Plague in India, 1896, 1897 - Volume 2
Year: 1896
Disease focus: Plague
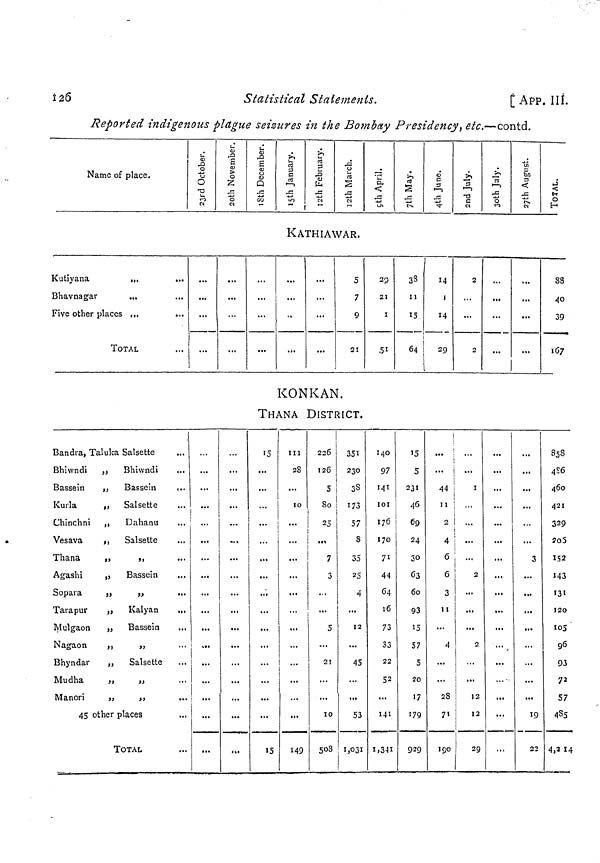
Î26
Statistical Statements.
[App. IIÎ.
Reported indigenous plague seizures in the Bombay Presidency, etc.—contd.
Name of place.
KATHIAWAR.
Kutiyana
.„
...
Bhavnagar
...
Five other places ...
TOTAL
,
5
7
9
21
29
ZI
I
.51
38
11
15
64
l
14
î
14
29
2
2
...
1
...
...
88
40
39
107
KONKAN.
THANA DISTRICT.
Bandra, Taluka Salsette
Bhiwndi
,j
Bhiwndi
...
Bassein
„
Bassein
(..
Kurla
„ Salsette
Chinchni ,,
Dahanu
Vesava
,,
Salsette
Thana
„
,,
Agashi
,j
Bassein
Sopara
jj
»
...
Tarapur
„
Kalyan
...
Mulgaon
, } Bassein
Nagaon
,,
„
Bhyndar
,,
Salsette
Mudha
„
„
Manor!
>,
„
...
45 other places
TOTAL
...
...
15
15
III
28
IO
149
226
126
5
So
25
7
3
5
21
10
503
351
230
3S
173
57
S
35
25
4
12
45
53
1,031
140
97
141
101
176
170
7 1
44
04
16
73
33
22
52
141
1,3-11
'5
5
231
4ö
69
24
30
63
60
93
15
57
5
20
i?
179
929
|
44
il
4
6
6
3
1 1
4
28
7'
190
I
2
1
2
12
12
29
...
i *.
...
...
3
19
22
858
4S6
460
421
329
so5
152
143
131
120
105
96
93
72
57
485
4,3 14